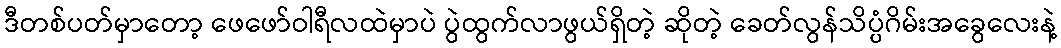
ဒီတစ်ပတ်မှာတော့ ဖေဖော်ဝါရီလထဲမှာပဲ ပွဲထွက်လာဖွယ်ရှိတဲ့ ဆိုတဲ့ ခေတ်လွန်သိပ္ပံဂိမ်းအခွေလေးနဲ့